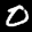
Label: 0